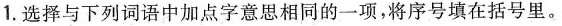
1.选择与下列词语中加点字意思相同的一项，将序号填在括号里。